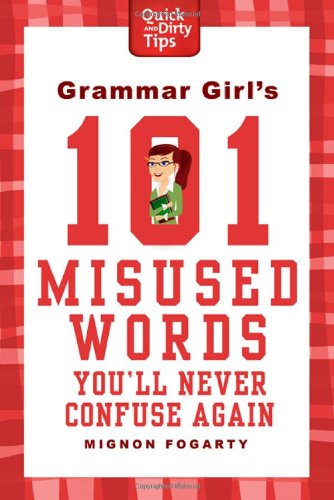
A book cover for Grammar Girl's 101 Misused Words You'll Never Confuse Again (Quick & Dirty Tips); Mignon Fogarty; Reference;